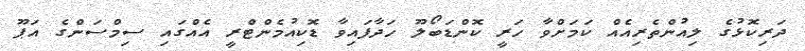
ދަރިކޮޅުގެ ލިއުންތެރިއެއް ކަމަށްވާ ހަރީ ކޮންޑަބޯލޫ ހަދާފައިވާ ޑޮކިއުމެންޓްރީ އެއްގައި ސިމްސަންގެ އަޕޫ